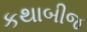
કથાબીજ